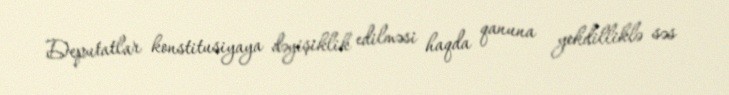
Deputatlar konstitusiyaya dəyişiklik edilməsi haqda qanuna yekdilliklə səs